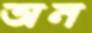
অন